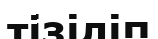
тізіліп